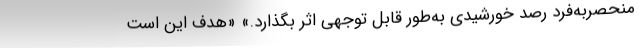
منحصربه‌فرد رصد خورشیدی به‌طور قابل توجهی اثر بگذارد.» «هدف این است